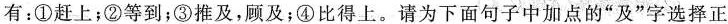
有：①赶上；②等到；③推及，顾及；④比得上。请为下面句子中加点的”及”字选择正